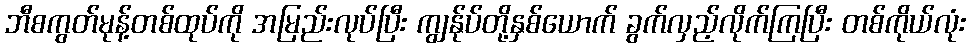
ဘီစကွတ်မုန့်တစ်ထုပ်ကို အမြည်းလုပ်ပြီး ကျွန်ုပ်တို့နှစ်ယောက် ခွက်လှည့်လိုက်ကြပြီး တစ်ကိုယ်လုံး